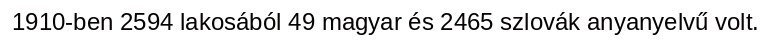
1910-ben 2594 lakosából 49 magyar és 2465 szlovák anyanyelvű volt.